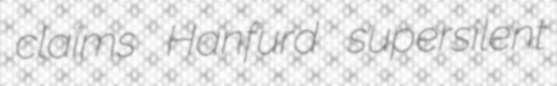
claims Hanfurd supersilent